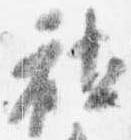
社